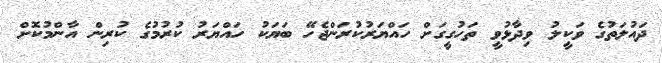
ދައުލަތުގެ ވަކީލު ވިދާޅުވީ ތަހުގީގަށް ހައްޔަރުކުރަންޖެހޭ ބަޔަކު ހައްޔަރު ކުރުމުގެ ކުރިން އާންމުކޮށް